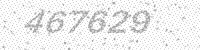
Solution: 467629